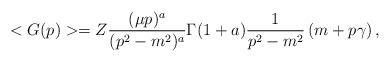
LaTeX: \begin{align*}<G(p)> = Z \frac{(\mu p)^a}{(p^2-m^2)^a} \Gamma(1+a) \frac{1}{p^2-m^2}\left( m + p\gamma \right),\end{align*}